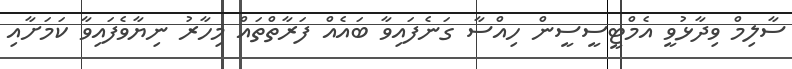
ސާލިމް ވިދާޅުވީ އެމްޓީސީސީން ހިއްސާ ގަނެފައިވާ ބައެއް ފަރާތްތައް މިހާރު ނިޔާވެފައިވާ ކަމަށާއި